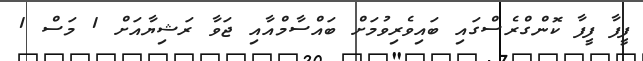
ފީފާ ފީފާ ކޮންގްރެސްގައި ބައިވެރިވުމަށް ބައްސާމްއާއި ޖަވާ ރަޝިޔާއަށް 1 މަސް 1